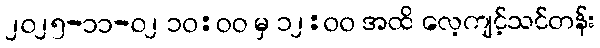
၂၀၂၅-၁၁-၀၂ ၁၀:၀၀ မှ ၁၂:၀၀ အထိ လေ့ကျင့်သင်တန်း